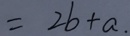
= 2 b + a .